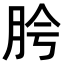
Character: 𬚵